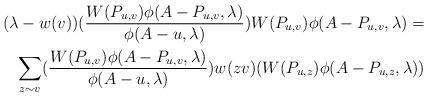
LaTeX: \begin{align*}(\lambda-w(v))(\frac{W(P_{u,v})\phi(A-P_{u,v},\lambda)}{\phi(A-u,\lambda)})W(P_{u,v})\phi(A-P_{u,v},\lambda)=\\\displaystyle\sum_{z\sim v}(\frac{W(P_{u,v})\phi(A-P_{u,v},\lambda)}{\phi(A-u,\lambda)})w(zv)(W(P_{u,z})\phi(A-P_{u,z},\lambda))\end{align*}